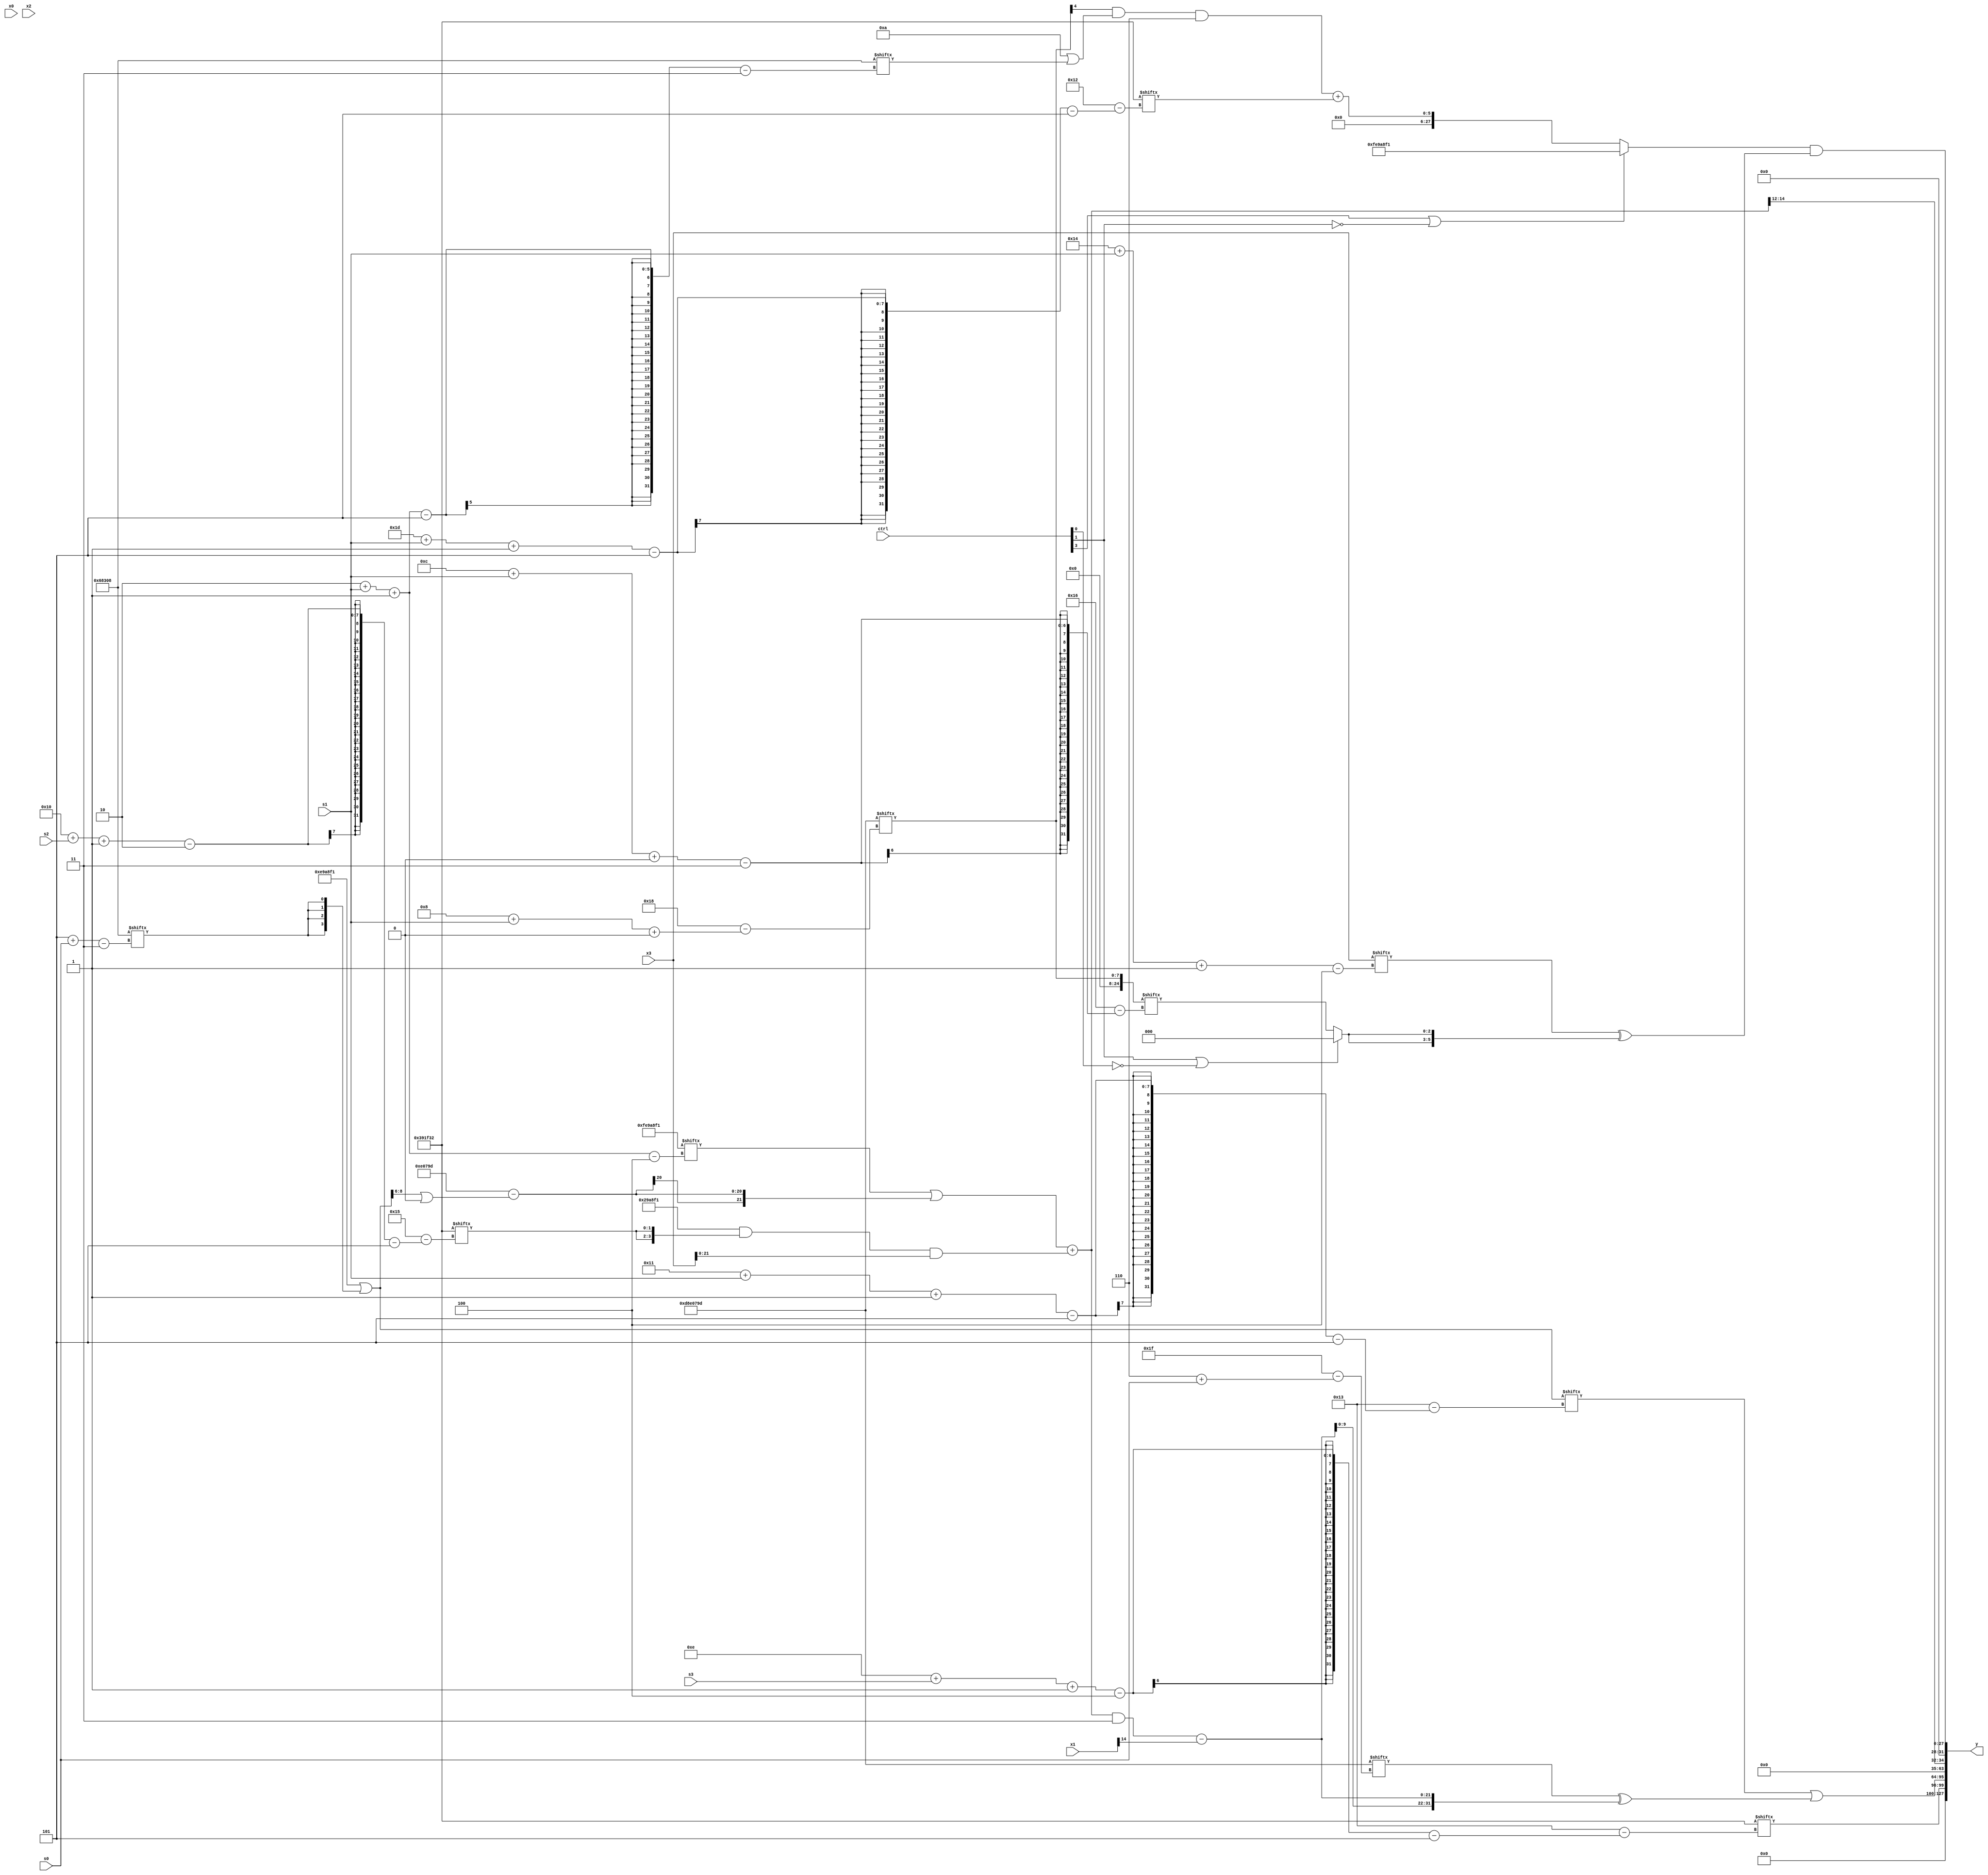
module partsel_00637(ctrl, s0, s1, s2, s3, x0, x1, x2, x3, y);
  input [3:0] ctrl;
  input [2:0] s0;
  input [2:0] s1;
  input [2:0] s2;
  input [2:0] s3;
  input signed [31:0] x0;
  input [31:0] x1;
  input [31:0] x2;
  input signed [31:0] x3;
  wire signed [4:31] x4;
  wire signed [4:26] x5;
  wire signed [3:27] x6;
  wire [5:28] x7;
  wire signed [26:1] x8;
  wire [25:3] x9;
  wire signed [31:2] x10;
  wire signed [26:5] x11;
  wire [2:26] x12;
  wire signed [29:0] x13;
  wire [31:6] x14;
  wire [25:1] x15;
  output [127:0] y;
  wire signed [31:0] y0;
  wire [31:0] y1;
  wire [31:0] y2;
  wire signed [31:0] y3;
  assign y = {y0,y1,y2,y3};
  localparam [0:31] p0 = 227411869;
  localparam signed [25:3] p1 = 394691336;
  localparam signed [31:0] p2 = 266971377;
  localparam [5:27] p3 = 179904306;
  assign x4 = p0[12 + s2];
  assign x5 = {({2{(x3[13] & (p0 | p2[9]))}} | p3), x2[10 + s0]};
  assign x6 = p0[8 + s1 +: 8];
  assign x7 = {2{({(p0[8] | (p1[21 -: 4] - x2[9 +: 4])), p2} | {2{{2{p1[5 + s0]}}}})}};
  assign x8 = ({p2, (p2[2 + s1 -: 4] | ({2{p0}} - (x7[22 -: 3] | x4[20])))} + ((p2 & {2{p3[16 + s2 -: 2]}}) & {{2{(ctrl[3] || ctrl[1] && ctrl[0] ? p3[29 + s2 +: 3] : p3[21 + s0 +: 8])}}, x3}));
  assign x9 = x0[17 + s2];
  assign x10 = x3[20 + s1 -: 4];
  assign x11 = x8;
  assign x12 = p0;
  assign x13 = ({2{{({2{p2[25 + s0 -: 6]}} ^ (x2 + (p2[19 + s2 -: 3] ^ x4[15]))), x10}}} ^ {2{(ctrl[1] && ctrl[1] || !ctrl[0] ? x10[13] : x6[12 + s1 +: 3])}});
  assign x14 = x4;
  assign x15 = x13[19 +: 2];
  assign y0 = p3[14 + s3 -: 4];
  assign y1 = (x7[17 + s1 -: 5] | (p0[6 + s0] ^ {2{((x11 & p1[14 -: 4]) - x1[14 +: 1])}}));
  assign y2 = x11[19 -: 3];
  assign y3 = {2{((ctrl[3] || !ctrl[1] && !ctrl[1] ? p2 : (((x6[23] & (p2[18 +: 4] | p1[2 + s1 -: 5])) & p3[20 -: 3]) + p3[29 + s1 -: 5])) & x13)}};
endmodule